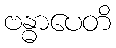
ဗန္ဓာပေတိ